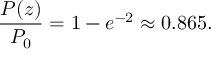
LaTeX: { \frac { P ( z ) } { P _ { 0 } } } = 1 - e ^ { - 2 } \approx 0 . 8 6 5 .